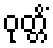
ဝုတ္တိံ